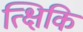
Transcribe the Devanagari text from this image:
त्क्षिकि